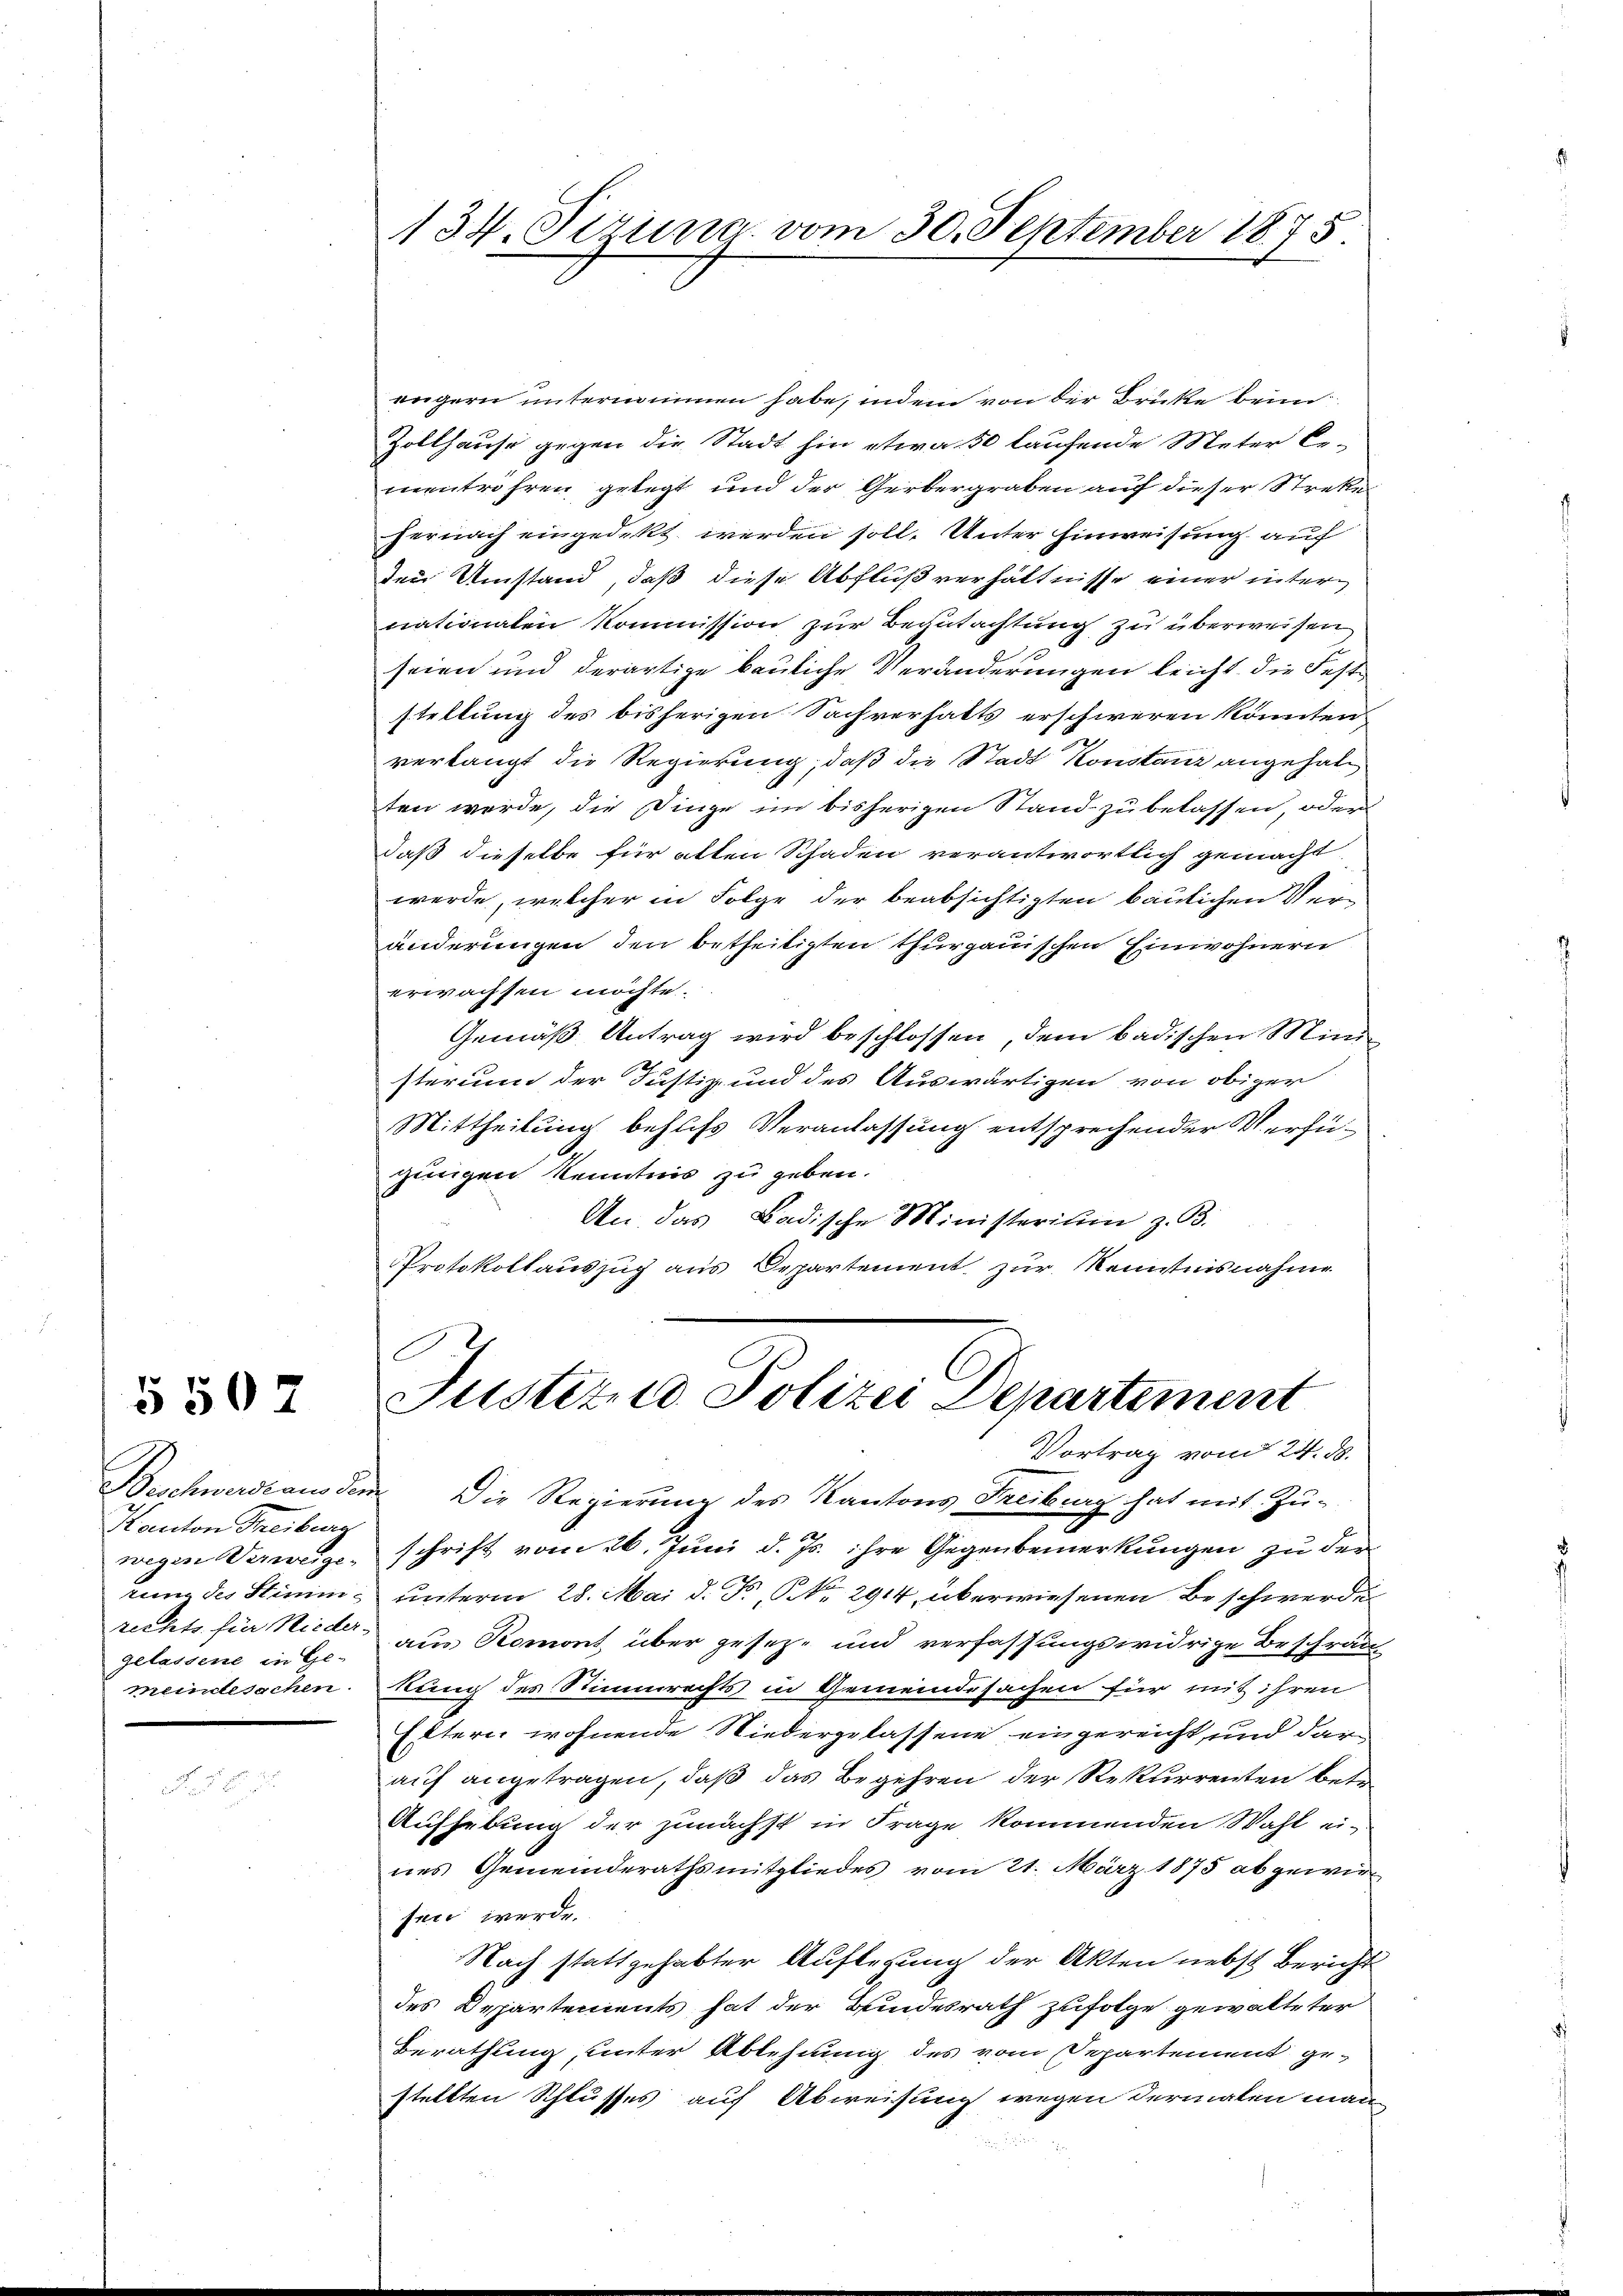
Kanton Streiburg
gelassene in Ge-
meindesachen.

5502

engern unternommen habe, indem von der Brütte beim
Zollhause gegen die Stadt hin etwa 50 laufende Meter be-
mentröhren gelegt und der Gerbergraben auf dieser Streke
hernach eingedekt werden soll. Unter Hinweisung auf
Den Umstand, daß diese Abfluß verhältnisse einer internationaten Kommission zur Begutachtung zu überweisen
e
seien und derartige bauliche Veränderungen leicht, die Feststellung des bisherigen Sachverhalts erschweren könnten
verlangt die Regierung, daß die Stadt Konstanz angehalten werde, die Dinge im bisherigen Stand zu belassen, oder
daß dieselbe für alten Schaden verantwortlich gemacht
werde, welcher in Folge der beabsichtigten baulichen Veränderungen den betheiligten thurgauischen Einwohnern
erwachsen möchte.
Gemäß Antrag wird beschlossen, dem badischen Mini
sterium der Justiz- und des Auswärtigen von obiger
Mittheilung behufs Veranlassung entsprechender Verfü-
zingen Kenntnis zu geben.
An das Badische Ministerium z. B.
Protokollauszug aus Departement zur Kenntnisnahme

134. Sizung vom 30. September 1875.

Justere Polizei Departement
Vortrag vom 24. ds.

Beschwerdeaus dem Die Regierŭng des Kantons Freiburg hat mit Zŭ-
wegen Verweige, schrift vom 26. Juni d. Js. ihre Gegenbemerkungen zu der
rung des Stimme unterm 28. Mai d. Fr., No 294, überwiesenen Beschwerde
rechts für Nieder aus Romont über geseze und verfassungswidrige Beschrän
kung des Stimmrechts in Gemeindssachen für mit ihren
Estern wohnende Niedergelassene eingereicht, und dar
auf angetragen, daß das Begehren der Rekurrenten betr.
Aufhebung der zunächst in Frage kommenden Wahl ei-
nes Gemeinderathsmitgliedes vom 21. März 1875 abgewirsen werde.
Nach stattgehabter Auflegung der Akten nebst Bericht
des Departements hat der Bundesrath zufolge gewalteter
Berathung, unter Ablehnung des vom Departement ge-
stellten Schlusses auf Abweisung wegen dermalen man